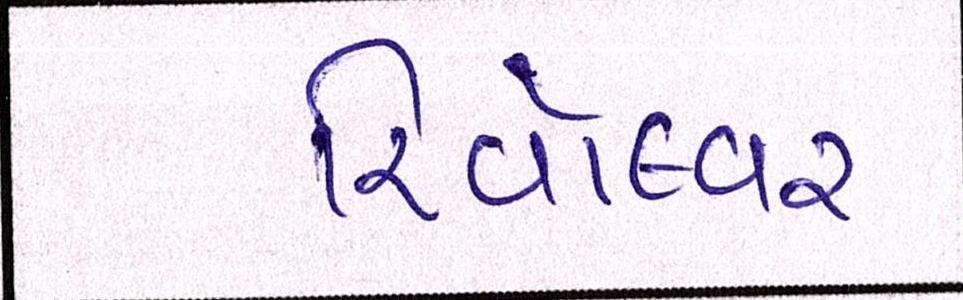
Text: રિવૉલ્વર